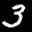
Label: 3